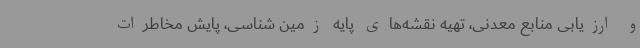
و ارزیابی منابع معدنی، تهیه نقشه‌های پایه زمین شناسی، پایش مخاطرات